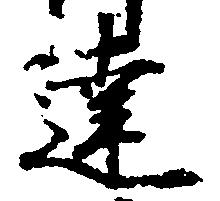
達